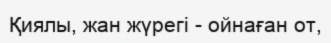
Қиялы, жан жүрегі - ойнаған от,